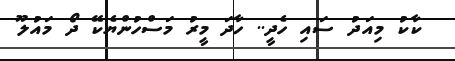
ކާކު މިއަދު ސައި ހެދީ.. ހާދަ މީރު މަސްހުންޔެކޭ ދޯ މައުލޫ